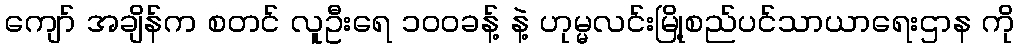
ကျော် အချိန်က စတင် လူဦးရေ ၁၀၀ခန့် နဲ့ ဟုမ္မလင်းမြို့စည်ပင်သာယာရေးဌာန ကို